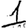
Digit: 1